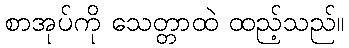
စာအုပ်ကို သေတ္တာထဲ ထည့်သည်။